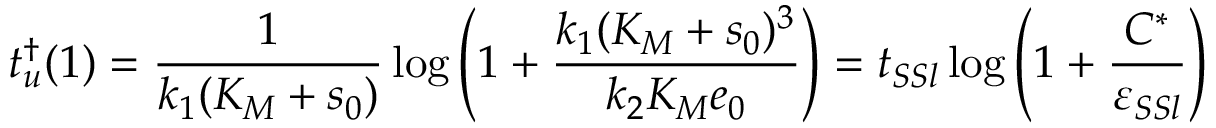
t _ { u } ^ { \dagger } ( 1 ) = \frac { 1 } { k _ { 1 } ( K _ { M } + s _ { 0 } ) } \log \left( 1 + \frac { k _ { 1 } ( K _ { M } + s _ { 0 } ) ^ { 3 } } { k _ { 2 } K _ { M } e _ { 0 } } \right) = t _ { S S l } \log \left( 1 + \frac { C ^ { * } } { \varepsilon _ { S S l } } \right)